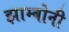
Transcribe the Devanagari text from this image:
झाम्बोनी